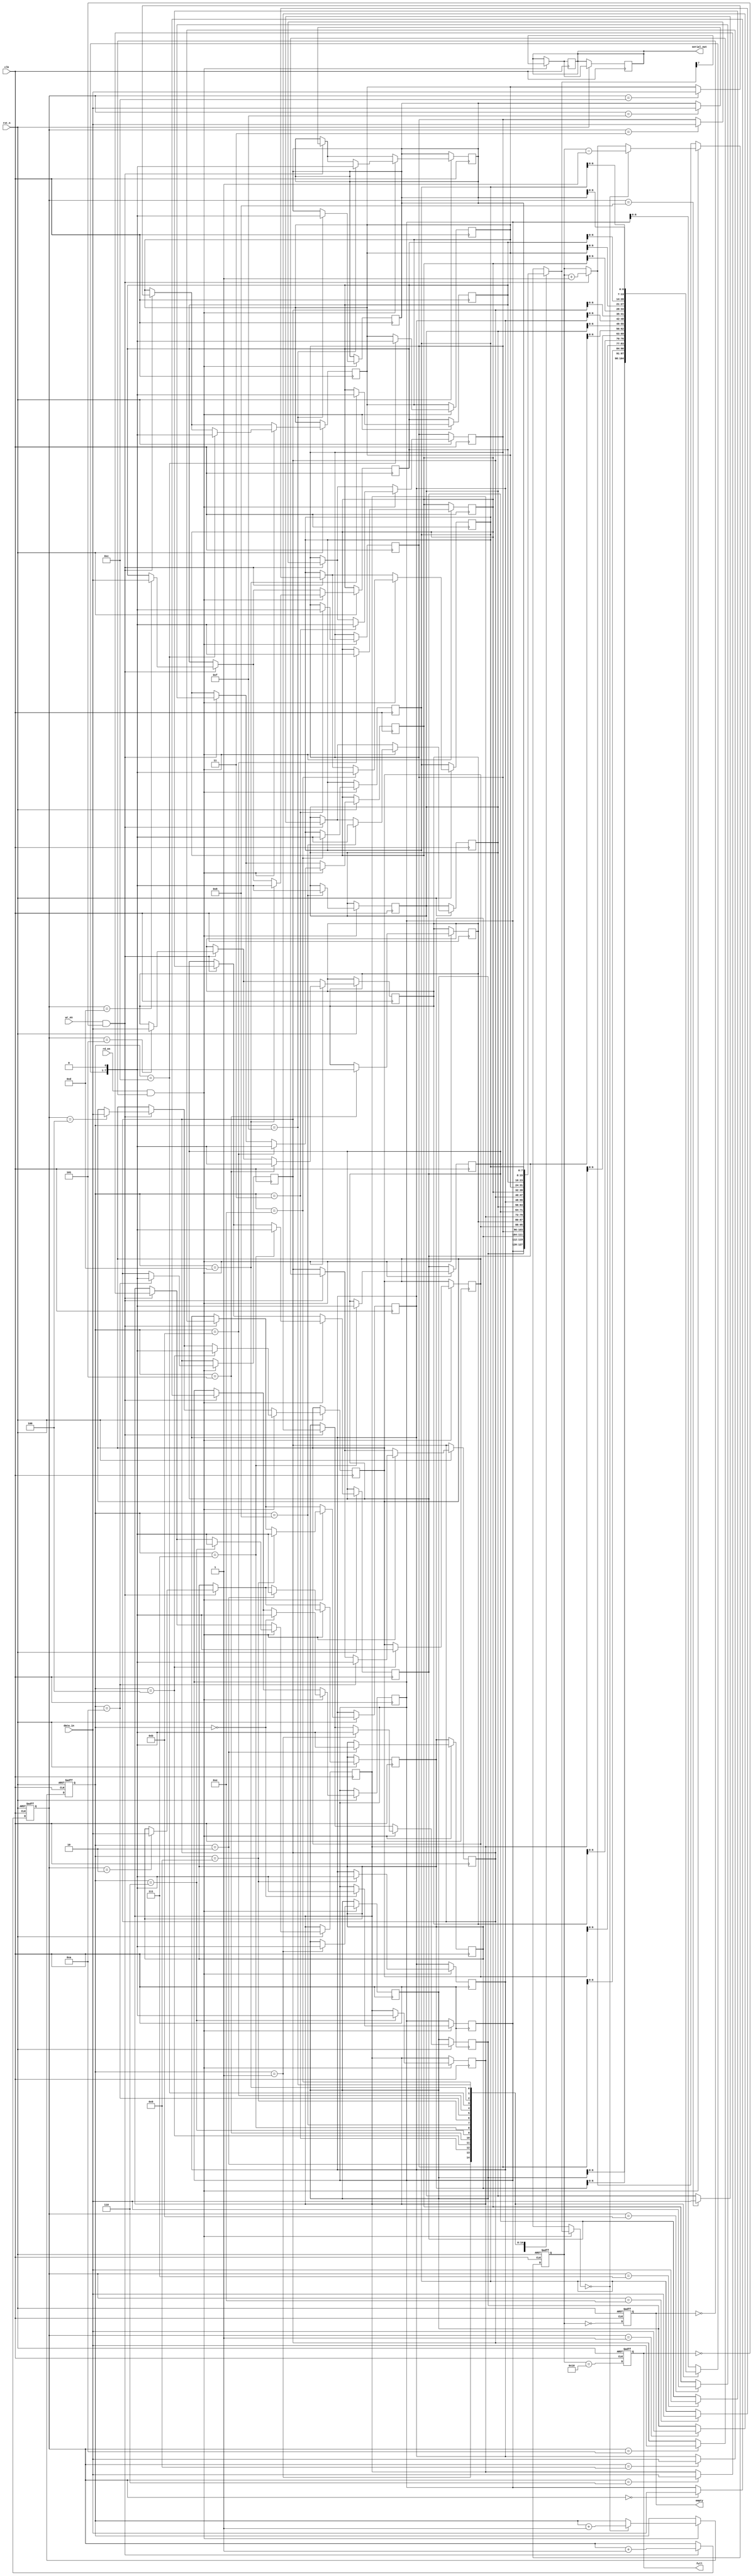
module FIFO_PISO #(parameter DATA_WIDTH = 8, parameter FIFO_DEPTH = 16)(
    input wire clk,
    input wire rst_n,
    input wire wr_en,       // Write Enable
    input wire rd_en,       // Read Enable
    input wire [DATA_WIDTH-1:0] data_in, // Parallel Data Input
    output reg serial_out,   // Serial Output
    output reg full,         // FIFO Full Flag
    output reg empty         // FIFO Empty Flag
);
    // Internal Registers
    reg [DATA_WIDTH-1:0] fifo_mem[FIFO_DEPTH-1:0]; // FIFO Memory
    reg [3:0] wr_ptr; // Write Pointer
    reg [3:0] rd_ptr; // Read Pointer
    reg [4:0] count;  // FIFO Count

    // Asynchronous Reset Logic
    always @(posedge clk or negedge rst_n) begin
        if (!rst_n) begin
            wr_ptr <= 4'b0;
            rd_ptr <= 4'b0;
            count <= 5'b0;
            full <= 1'b0;
            empty <= 1'b1;
        end
        else begin
            // Write Logic
            if (wr_en && !full) begin
                fifo_mem[wr_ptr] <= data_in; // Store data
                wr_ptr <= wr_ptr + 1'b1; // Increment write pointer
                count <= count + 1'b1; // Increment count
            end

            // Read Logic
            if (rd_en && !empty) begin
                serial_out <= fifo_mem[rd_ptr][DATA_WIDTH-1]; // Output MSB
                fifo_mem[rd_ptr] <= {fifo_mem[rd_ptr][DATA_WIDTH-2:0], 1'b0}; // Shift left
                if (fifo_mem[rd_ptr] == 0) begin
                    rd_ptr <= rd_ptr + 1'b1; // Increment read pointer
                    count <= count - 1'b1; // Decrement count
                end
            end

            // Full and Empty Logic
            full <= (count == FIFO_DEPTH);
            empty <= (count == 0);
        end
    end

    // Serial Output Logic
    always @(posedge clk) begin
        if (rd_en && !empty) begin
            serial_out <= fifo_mem[rd_ptr][DATA_WIDTH-1]; // Shift out the MSB
            fifo_mem[rd_ptr] <= {fifo_mem[rd_ptr][DATA_WIDTH-2:0], 1'b0}; // Shift left
        end
    end
endmodule